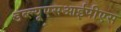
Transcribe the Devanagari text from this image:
डब्ल्यूएसआईपीएस